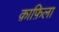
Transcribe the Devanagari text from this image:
क़ाफ़िला